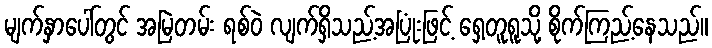
မျက်နှာပေါ်တွင် အမြဲတမ်း ရစ်ဝဲ လျက်ရှိသည့်အပြုံးဖြင့် ရှေ့တူရူသို့ စိုက်ကြည့်နေသည်။